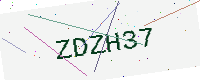
Text: ZDZH37